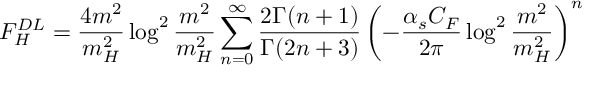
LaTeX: { \cal F } _ { H } ^ { D L } = \frac { 4 m ^ { 2 } } { m _ { H } ^ { 2 } } \log ^ { 2 } \frac { m ^ { 2 } } { m _ { H } ^ { 2 } } \sum _ { n = 0 } ^ { \infty } \frac { 2 \Gamma ( n + 1 ) } { \Gamma ( 2 n + 3 ) } \left( - \frac { \alpha _ { s } C _ { F } } { 2 \pi } \log ^ { 2 } \frac { m ^ { 2 } } { m _ { H } ^ { 2 } } \right) ^ { n }